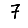
Digit: 7